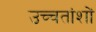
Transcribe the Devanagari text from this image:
उच्चतांशों